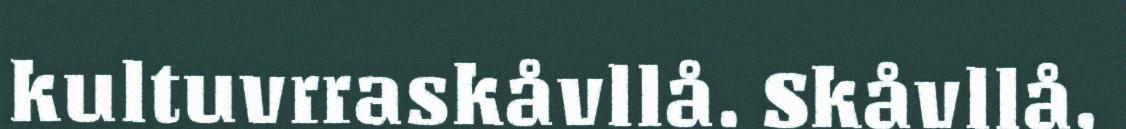
kultuvrraskåvllå. Skåvllå,